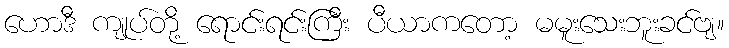
ဟောဒီ ကျုပ်တို့ ရောင်းရင်းကြီး ပီယာကတော့ မမူးသေးဘူးခင်ဗျ။